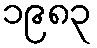
၁၉၈၃